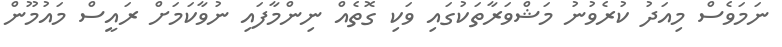
ނަަމަވެސް މިއަދު ކުރެވުނު މަޝްވަރާތަކުގައި ވަކި ގޮތެއް ނިންމާފައި ނުވާކަމަށް ރައީސް މައުމޫން